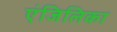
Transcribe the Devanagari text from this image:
एंजिलिका